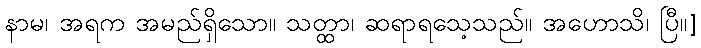
နာမ၊ အရက အမည်ရှိသော။ သတ္ထာ၊ ဆရာရသေ့သည်။ အဟောသိ၊ ပြီ။]